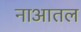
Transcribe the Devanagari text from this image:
नाआतल